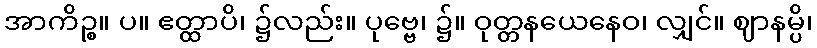
အာကိဉ္စ။ ပ။ ဧတ္ထာပိ၊ ၌လည်း။ ပုဗ္ဗေ၊ ၌။ ဝုတ္တနယေနေဝ၊ လျှင်။ ဈာနမ္ပိ၊